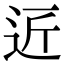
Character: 𮞆